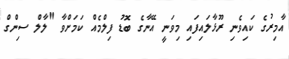
އާމިރުގެ ކައިވެނި ރޫޅާލައިފައި މިވަނީ އޭނާގެ ބޮޑު ފިލްމެއް ކަމަށްވާ "ލާލް ސިންގް